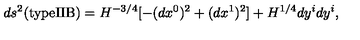
d s ^ { 2 } ( \mathrm { t y p e I I B } ) = H ^ { - 3 / 4 } [ - ( d x ^ { 0 } ) ^ { 2 } + ( d x ^ { 1 } ) ^ { 2 } ] + H ^ { 1 / 4 } d y ^ { i } d y ^ { i } ,